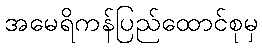
အမေရိကန်ပြည်ထောင်စုမှ